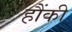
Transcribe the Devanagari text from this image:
हौंकी